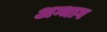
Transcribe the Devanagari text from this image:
अग्भाग